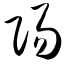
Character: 阳